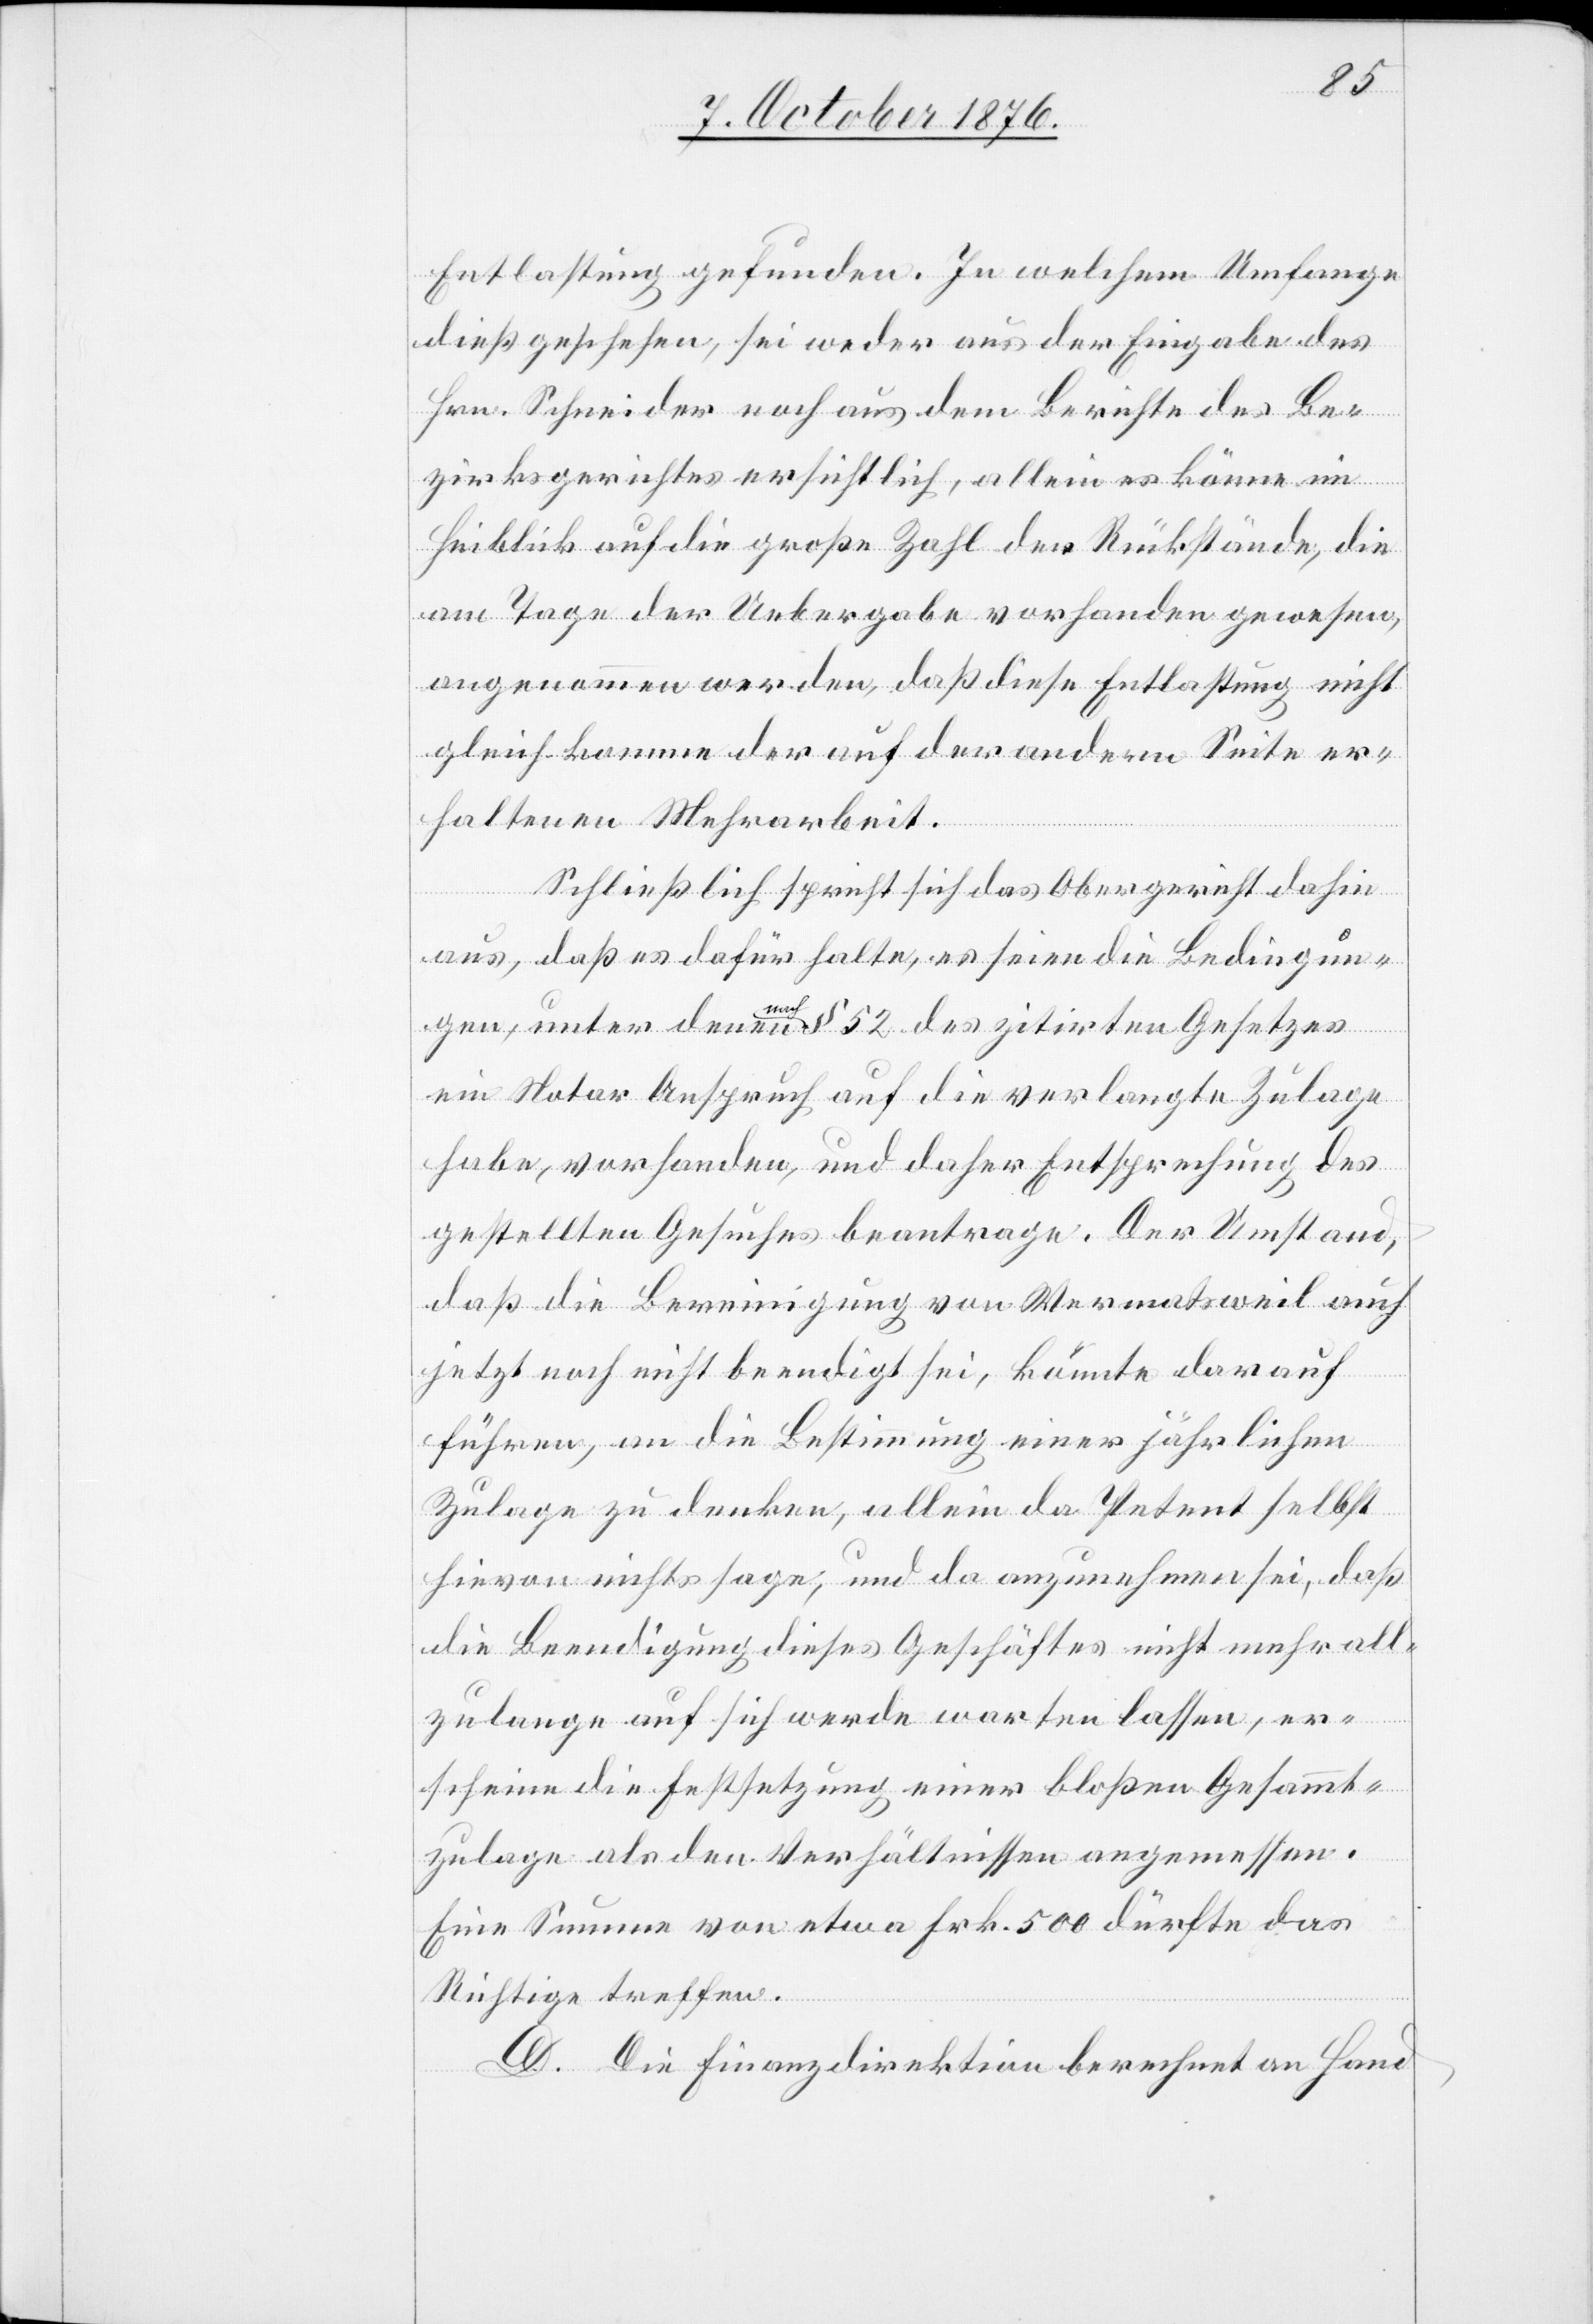
Entlastung gefunden. In welchem Umfange
dieß geschehen, sei weder aus der Eingabe des
Hrn. Schneider noch aus dem Berichte des Be¬
zirksgerichtes ersichtlich, allein es könne im
Hinblick auf die große Zahl der Rückstände, die
am Tage der Uebergabe vorhanden gewesen,
angenommen werden, daß diese Entlastung nicht
gleichkomme der auf der andern Seite er¬
haltenen Mehrarbeit.
Schließlich spricht sich das Obergericht dahin
aus, daß es dafür halte, es seien die Bedingun¬
gen, unter denen a nach a § 52 des zitirten Gesetzes
ein Notar Anspruch auf die verlangte Zulage
habe, vorhanden, und daher Entsprechung des
gestellten Gesuches beantrage. Der Umstand,
daß die Bereinigung von Wermatsweil auch
jetzt noch nicht beendigt sei, könnte darauf
führen, an die Bestimmung einer jährlichen
Zulage zu denken, allein da Petent selbst
hievon nichts sage, und da anzunehmen sei, daß
die Beendigung dieses Geschäfts nicht mehr all¬
zulange auf sich werde warten lassen, er¬
scheine die Festsetzung einer bloßen Gesammt¬
zulage als den Verhältnissen angemessen.
Eine Summe von etwa Frk. 500 dürfte das
Richtige treffen.
D. Die Finanzdirektion berechnet an Hand